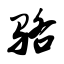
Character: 骆